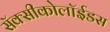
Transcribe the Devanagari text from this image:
सॅक्सीकोलॉईडस